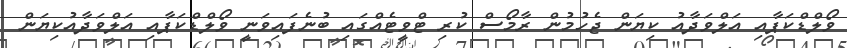
ވޯލްޑްކަޕާއި އަލްވަދާއު ކިޔަން ޖެހުމުން ރާމޯސް ކުރި ޓްވީޓެއްގައި ބުނެފައިވަނީ ވޯލްޑްކަޕާއި އަލްވަދާއުކިޔަން